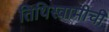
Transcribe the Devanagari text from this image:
तिथिस्वामीची